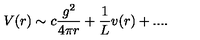
V ( r ) \sim c \frac { g ^ { 2 } } { 4 \pi r } + \frac { 1 } { L } v ( r ) + . . . .